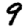
Digit: 9